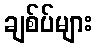
ချစ်ပ်များ